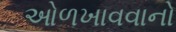
ઓળખાવવાનો